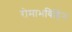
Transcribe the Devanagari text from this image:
रोमाभविहिन